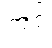
တင့်